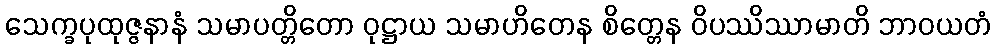
သေက္ခပုထုဇ္ဇနာနံ သမာပတ္တိတော ဝုဋ္ဌာယ သမာဟိတေန စိတ္တေန ဝိပဿိဿာမာတိ ဘာဝယတံ